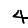
Digit: 4